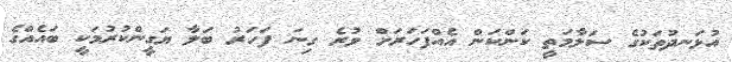
އުޅަނދުތަކުގެ ސަލާމަތީ ކަންކަން އެއްފަހަރަށް ވުރެ ގިނަ ފަހަރު ބަލާ ޔަގީންކުރުމަކީ ބައެއްގެ